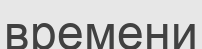
времени